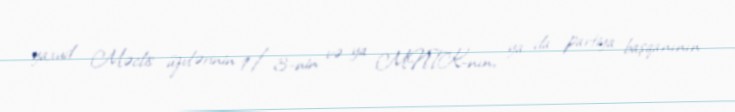
yaxud Məclis üzvlərinin 1/3-nin və ya MNTK-nın, ya da partiya başqanının